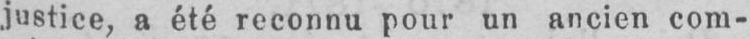
justice, a été reconnu pour un ancien com-